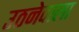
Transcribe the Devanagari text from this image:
उठनेवाला